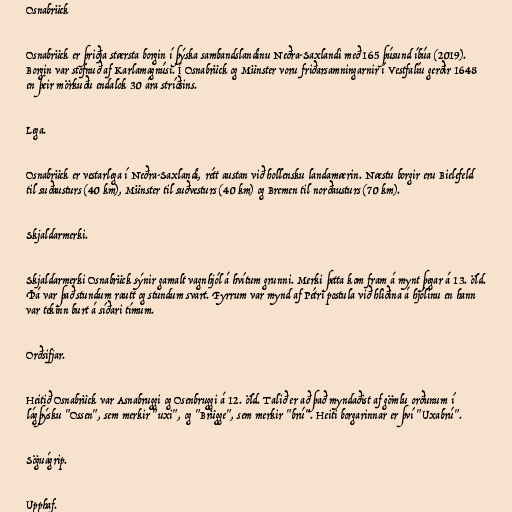
Osnabrück

Osnabrück er þriðja stærsta borgin í þýska sambandslandinu Neðra-Saxlandi með 165 þúsund íbúa (2019).
Borgin var stofnuð af Karlamagnúsi. Í Osnabrück og Münster voru friðarsamningarnir í Vestfalíu gerðir 1648
en þeir mörkuðu endalok 30 ára stríðsins.

Lega.

Osnabrück er vestarlega í Neðra-Saxlandi, rétt austan við hollensku landamærin. Næstu borgir eru Bielefeld
til suðausturs (40 km), Münster til suðvesturs (40 km) og Bremen til norðausturs (70 km).

Skjaldarmerki.

Skjaldarmerki Osnabrück sýnir gamalt vagnhjól á hvítum grunni. Merki þetta kom fram á mynt þegar á 13. öld.
Þá var það stundum rautt og stundum svart. Fyrrum var mynd af Pétri postula við hliðina á hjólinu en hann
var tekinn burt á síðari tímum.

Orðsifjar.

Heitið Osnabrück var Asnabruggi og Osenbruggi á 12. öld. Talið er að það myndaðist af gömlu orðunum í
lágþýsku "Ossen", sem merkir "uxi", og "Brügge", sem merkir "brú". Heiti borgarinnar er því "Uxabrú".

Söguágrip.

Upphaf.